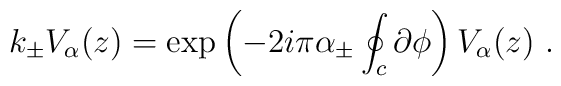
k_\pm V_\alpha(z) =\exp\left(-2i\pi\alpha_\pm \oint_c \partial\phi \right)V_\alpha(z)~.